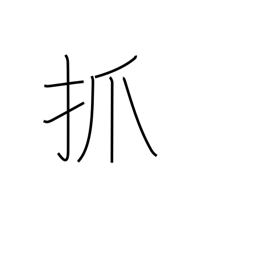
Meaning: pick